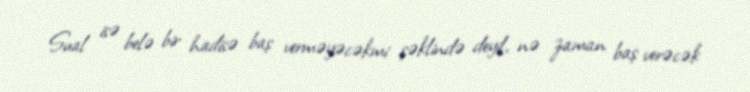
Sual isə belə bir hadisə baş verməyəcəkmi şəklində deyil, nə zaman baş verəcək